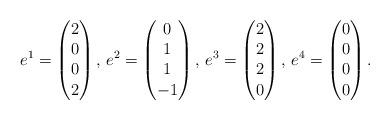
LaTeX: \begin{align*}e^1 = \begin{pmatrix} 2 \\ 0 \\ 0 \\ 2 \end{pmatrix}, \,e^2 = \begin{pmatrix} 0 \\ 1 \\ 1 \\ -1 \end{pmatrix}, \,e^3 = \begin{pmatrix} 2 \\ 2 \\ 2 \\ 0 \end{pmatrix}, \,e^4 = \begin{pmatrix} 0 \\ 0 \\ 0 \\ 0 \end{pmatrix}.\end{align*}